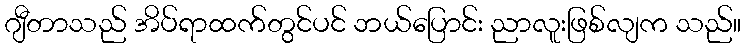
ဂျီတာသည် အိပ်ရာထက်တွင်ပင် ဘယ်ပြောင်း ညာလူးဖြစ်လျက သည်။